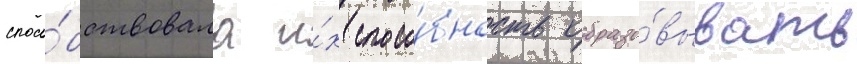
спосо́бствовала и́х спосо́бность образо́вывать